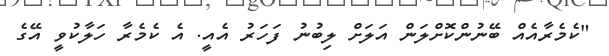
"ކެމެރާއެއް ބޭނުންކޮށްލަން އަލަށް ލިބުނު ފަހަރު އެއީ. އެ ކެމެރާ ހަލާކުވީ އޭގެ